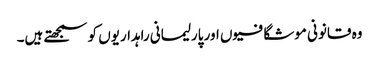
وہ قانونی موشگافیوں اور پارلیمانی راہداریوں کو سمجھتے ہیں۔